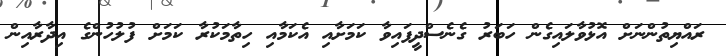
ރައްޔިތުންނަށް އޮޅުވާލައިގެން ހަބަރު ގެނެސްދީފައިވާ ކަމަށާއި އެކަމާއި ހިތާމަކުރާ ކަމަށް ފުލުހުންގެ އިދާރާއިން